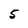
Character: 5